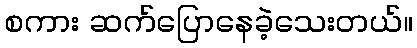
စကား ဆက်ပြောနေခဲ့သေးတယ်။